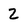
Character: 2